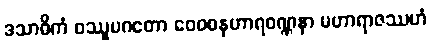
ဒသာဓိကံ ဝဿူပဂတော ဝေဝစနဟာရဝဏ္ဏနာ မဟာရာဇဿဟံ